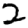
Digit: 2